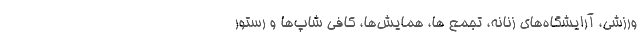
ورزشی، آرایشگاه‌های زنانه، تجمع ها، همایش‌ها، کافی شاپ‌ها و رستور